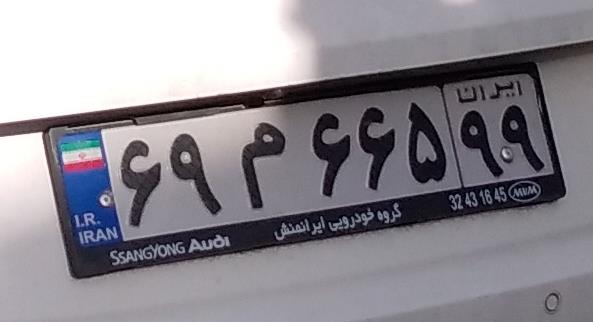
۶۹م۶۶۵۹۹